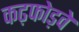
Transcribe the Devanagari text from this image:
कढ़फोड़वे